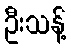
ဦးသန့်